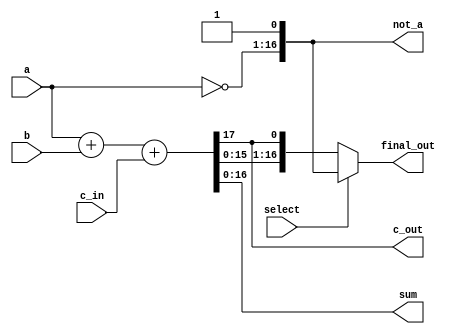
`timescale 1ns / 1ps
//////////////////////////////////////////////////////////////////////////////////
// Company: 
// Engineer: 
// 
// Design Name: 
// Module Name: Verification_1bit2
// Project Name: 
// Target Devices: 
// Tool Versions: 
// Description: 
// 
// Dependencies: 
// 
// Revision:
// Revision 0.01 - File Created
// Additional Comments:
// 
//////////////////////////////////////////////////////////////////////////////////

module Verification_Nbit(c_out, sum, not_a, a, b, c_in, select, final_out);

	parameter n=16;

	input[n-1:0]	 a, b;
	input  c_in, select; //declare inputs a, b, and c_in, one bit each
	output c_out;
	output[n:0]     sum; //declare outputs c_out and sum, one bit each
	output[n:0]     not_a, final_out;
	
	
	assign {c_out, sum} = a + b + c_in;
	assign not_a = {~a,1'b1};
	assign final_out = select ?  not_a: {sum,c_out};
	
	

endmodule